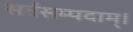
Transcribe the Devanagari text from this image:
सर्वसम्पदाम्‌।